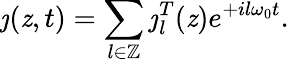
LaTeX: \jmath(\mathit{z},t)=\sum_{l\in\mathbb{{Z}}}\jmath_{l}^{T}(\mathit{z})e^{+il\omega_{0}t}.